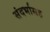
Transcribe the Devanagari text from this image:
संदर्भासह